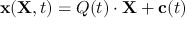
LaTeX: \mathbf { x } ( \mathbf { X } , t ) = { \boldsymbol { Q } } ( t ) \cdot \mathbf { X } + \mathbf { c } ( t )